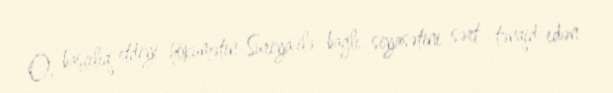
O, başçılıq etdiyi hökumətin Suriya ilə bağlı siyasətini sərt tənqid edən